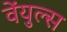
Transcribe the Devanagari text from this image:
वेंयुल्स